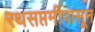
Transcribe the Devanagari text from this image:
रथसप्तमीपासून